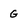
Character: G